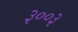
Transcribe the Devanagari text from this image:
३००३